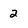
Character: 2